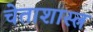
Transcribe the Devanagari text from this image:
चेताशास्त्र